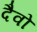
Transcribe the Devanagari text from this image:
दैवो